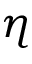
\eta